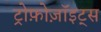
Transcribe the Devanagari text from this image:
ट्रोफ़ोज़ॉइट्स